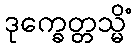
ဒုက္ခေတ္တသ္မိံ